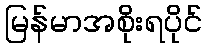
မြန်မာအစိုးရပိုင်